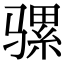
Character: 骡